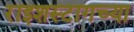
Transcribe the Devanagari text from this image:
राइशस्टागच्या